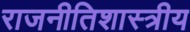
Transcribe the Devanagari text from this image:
राजनीतिशास्त्रीय